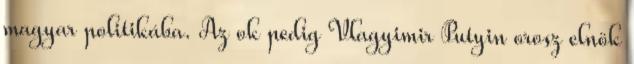
magyar politikába. Az ok pedig Vlagyimir Putyin orosz elnök